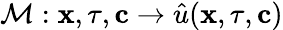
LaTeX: \mathcal{M}:\mathbf{x},\tau,\mathbf{c}\to\hat{u}(\mathbf{x},\tau,\mathbf{c})